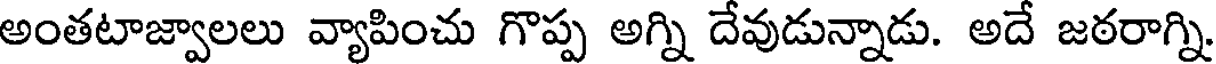
అంతటాజ్వాలలు వ్యాపించు గొప్ప అగ్ని దేవుడున్నాడు. అదే జఠరాగ్ని